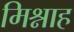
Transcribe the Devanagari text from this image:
मिश्नाह